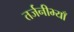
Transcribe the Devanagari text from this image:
तर्जनीभ्याँ